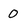
Character: 0